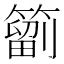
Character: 𥳩